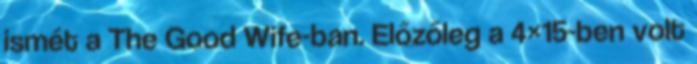
ismét a The Good Wife-ban. Előzőleg a 4×15-ben volt